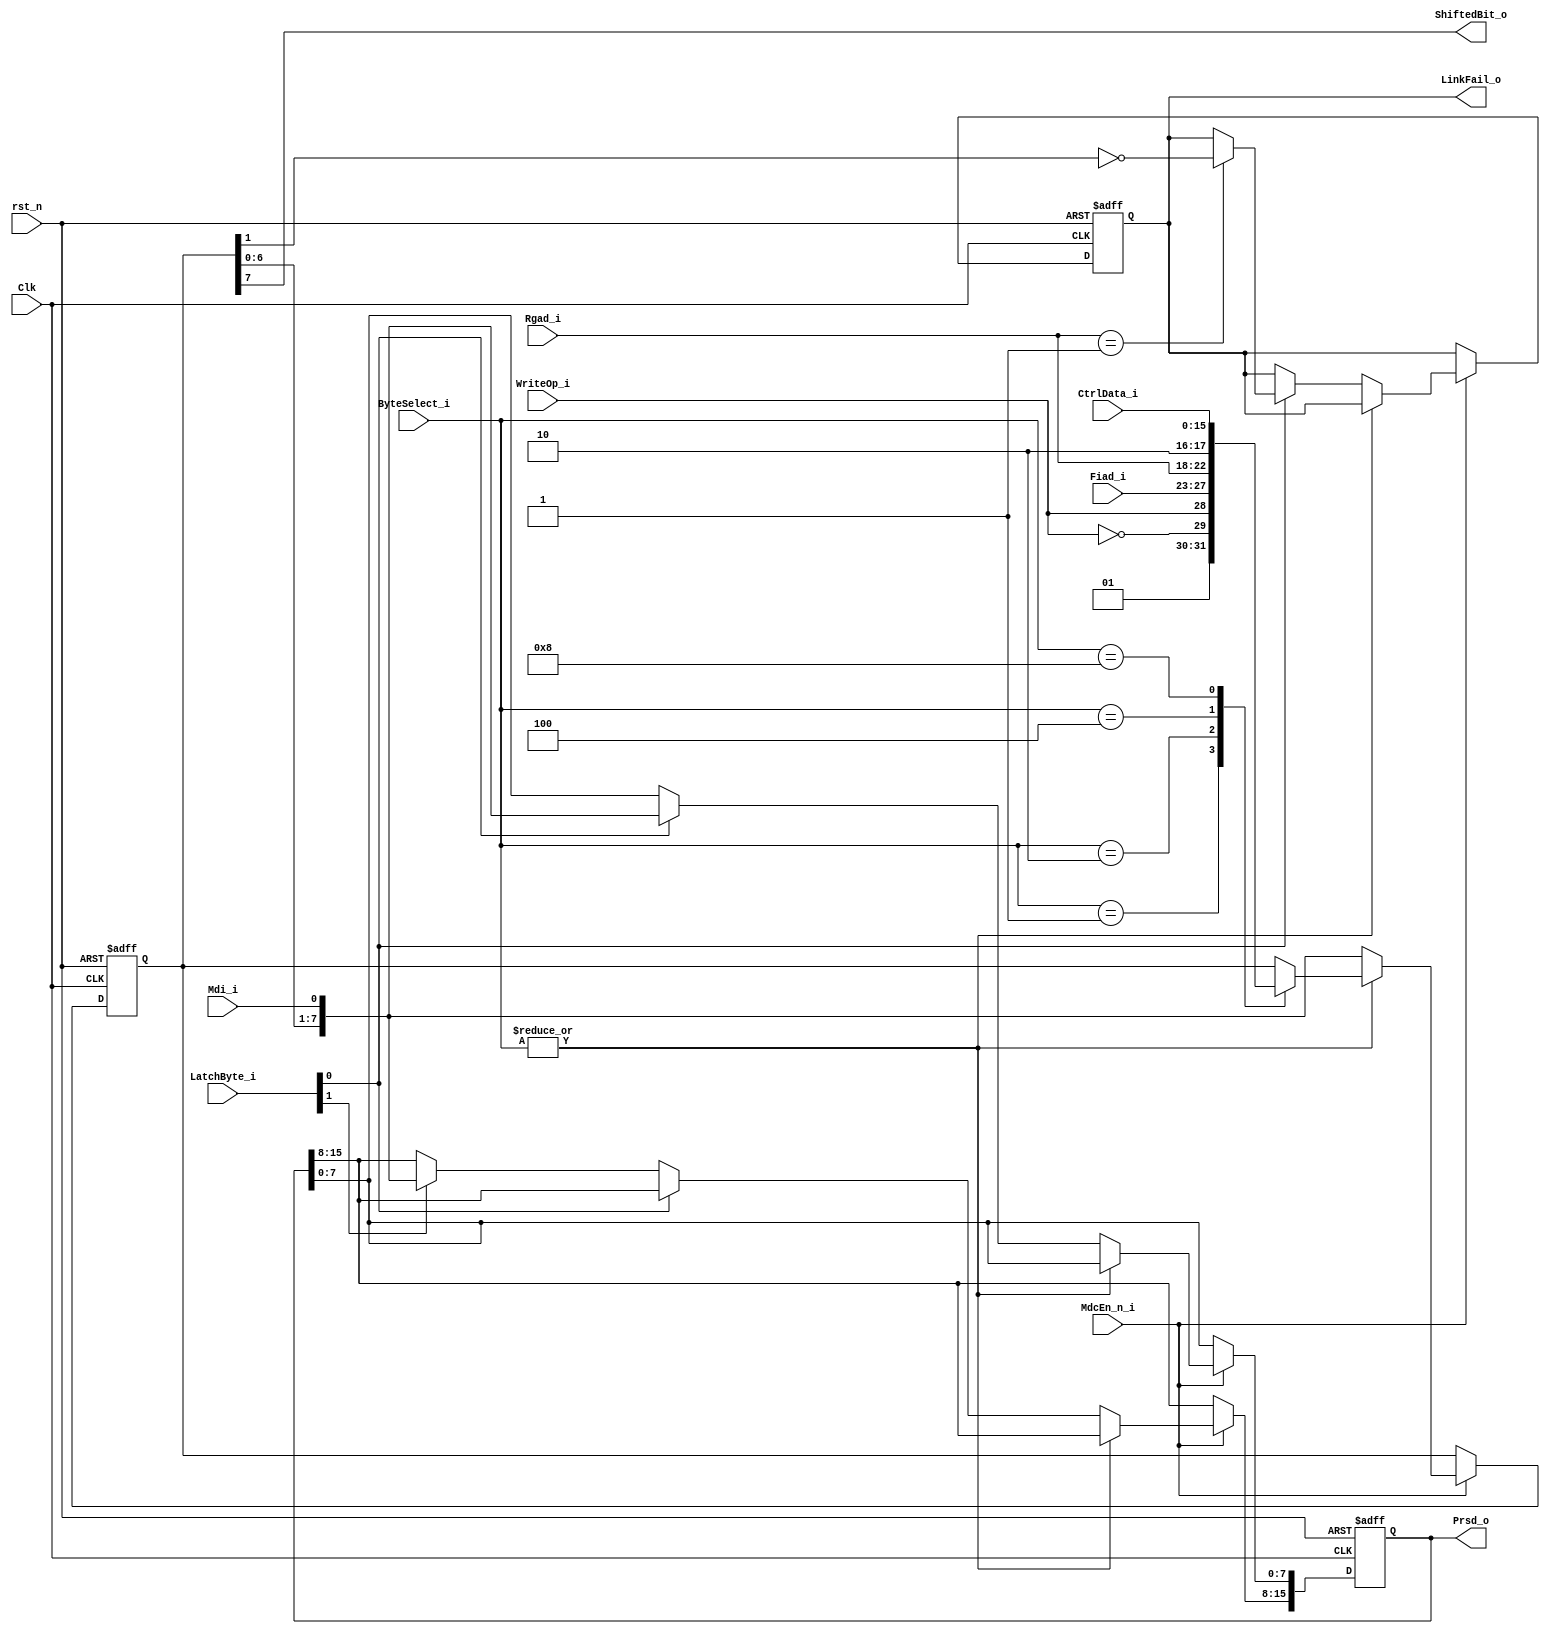
/*+
 * Copyright (c) 2022-2023 Zhengde
 *
 * Copyright (c) 2001 Igor Mohor (igorM@opencores.org) 
 * 
 * All rights reserved.
 * 
 * Redistribution and use in source and binary forms, with or without
 * modification, are permitted provided that the following conditions are met:
 * 
 * 1 Redistributions of source code must retain the above copyright notice, this
 *   list of conditions and the following disclaimer.
 * 
 * 2 Redistributions in binary form must reproduce the above copyright notice,
 *   this list of conditions and the following disclaimer in the documentation
 *   and/or other materials provided with the distribution.
 * 
 * 3 Neither the name of the copyright holder nor the names of its
 *   contributors may be used to endorse or promote products derived from
 *   this software without specific prior written permission.
 * 
 * THIS SOFTWARE IS PROVIDED BY THE COPYRIGHT HOLDERS AND CONTRIBUTORS "AS IS"
 * AND ANY EXPRESS OR IMPLIED WARRANTIES, INCLUDING, BUT NOT LIMITED TO, THE
 * IMPLIED WARRANTIES OF MERCHANTABILITY AND FITNESS FOR A PARTICULAR PURPOSE ARE
 * DISCLAIMED. IN NO EVENT SHALL THE COPYRIGHT HOLDER OR CONTRIBUTORS BE LIABLE
 * FOR ANY DIRECT, INDIRECT, INCIDENTAL, SPECIAL, EXEMPLARY, OR CONSEQUENTIAL
 * DAMAGES (INCLUDING, BUT NOT LIMITED TO, PROCUREMENT OF SUBSTITUTE GOODS OR
 * SERVICES; LOSS OF USE, DATA, OR PROFITS; OR BUSINESS INTERRUPTION) HOWEVER
 * CAUSED AND ON ANY THEORY OF LIABILITY, WHETHER IN CONTRACT, STRICT LIABILITY,
 * OR TORT (INCLUDING NEGLIGENCE OR OTHERWISE) ARISING IN ANY WAY OUT OF THE USE
 * OF THIS SOFTWARE, EVEN IF ADVISED OF THE POSSIBILITY OF SUCH DAMAGE.
-*/

/*+
 * Shift register for PHY MDIO interface 
-*/

module eth_shiftreg (
    input                Clk,                // Input clock (Host clock)
    input                rst_n,              // Reset signal
    input                MdcEn_n_i,          // Enable signal is asserted for one Clk period before Mdc falls.
    input                Mdi_i,              // MII input data
    input  [4:0]         Fiad_i,             // PHY address
    input  [4:0]         Rgad_i,             // Register address (within the selected PHY)
    input  [15:0]        CtrlData_i,         // Control data (data to be written to the PHY)
    input                WriteOp_i,          // The current operation is a PHY register write operation
    input  [3:0]         ByteSelect_i,       // Byte select
    input  [1:0]         LatchByte_i,        // Byte select for latching (read operation)
    
    output               ShiftedBit_o,       // Bit shifted out of the shift register
    output reg [15:0]    Prsd_o,             // Read Status Data (data read from the PHY)
    output reg           LinkFail_o          // Link Integrity Signal
);

    reg   [7:0] ShiftReg;         // Shift register for shifting the data in and out

    // ShiftReg[7:0] :: Shift Register Data
    always @ (posedge Clk or negedge rst_n) begin
        if(!rst_n) begin
            ShiftReg[7:0] <=  8'h0;
            Prsd_o[15:0] <=  16'h0;
            LinkFail_o <=  1'b0;
        end
        else begin
            if(MdcEn_n_i) begin 
                if(|ByteSelect_i) begin
                 /* verilator lint_off CASEINCOMPLETE */
                    case (ByteSelect_i[3:0])  // synopsys parallel_case full_case
                      4'h1 :    ShiftReg[7:0] <=  {2'b01, ~WriteOp_i, WriteOp_i, Fiad_i[4:1]};
                      4'h2 :    ShiftReg[7:0] <=  {Fiad_i[0], Rgad_i[4:0], 2'b10};
                      4'h4 :    ShiftReg[7:0] <=  CtrlData_i[15:8];
                      4'h8 :    ShiftReg[7:0] <=  CtrlData_i[7:0];
                    endcase // case (ByteSelect_i[3:0])
                 /* verilator lint_on CASEINCOMPLETE */
                end 
                else begin
                    ShiftReg[7:0] <=  {ShiftReg[6:0], Mdi_i};
                    if(LatchByte_i[0]) begin
                        Prsd_o[7:0] <=  {ShiftReg[6:0], Mdi_i};
                        if(Rgad_i == 5'h01)
                            LinkFail_o <=  ~ShiftReg[1];  // this is bit [2], because it is not shifted yet
                    end
                    else begin
                        if(LatchByte_i[1])
                            Prsd_o[15:8] <=  {ShiftReg[6:0], Mdi_i};
                    end
                end
            end
        end
    end

    assign ShiftedBit_o = ShiftReg[7];

endmodule